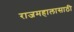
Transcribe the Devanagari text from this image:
राजमहालासाठी